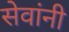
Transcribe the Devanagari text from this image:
सेवांनी